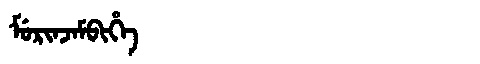
Manchu: ᠮᡠᡵᡳᠨᠵᠠᠮᠪᡳᡥᡝ
Romanization: MURINJAMBIHE